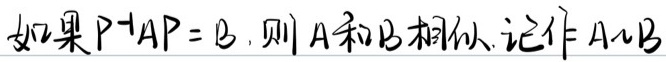
如果 $P^{-1}AP = B$，则 $A$ 和 $B$ 相似，记作 $A\sim B$。